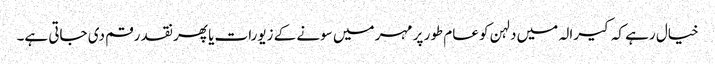
خیال رہے کہ کیرالہ میں دلہن کو عام طور پر مہر میں سونے کے زیورات یا پھر نقد رقم دی جاتی ہے۔